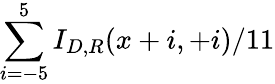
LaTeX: \sum_{i=-5}^{5}I_{D,R}(x+i,+i)/11